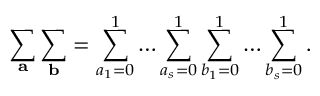
\sum _ { \mathbf { a } } \sum _ { \mathbf { b } } = \sum _ { a _ { 1 } = 0 } ^ { 1 } \dots \sum _ { a _ { s } = 0 } ^ { 1 } \sum _ { b _ { 1 } = 0 } ^ { 1 } \dots \sum _ { b _ { s } = 0 } ^ { 1 } .